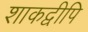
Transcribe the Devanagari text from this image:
शाकद्वीपि